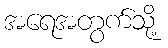
အရေအတွက်သို့